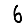
Digit: 6